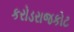
કરોડરાજકોટ